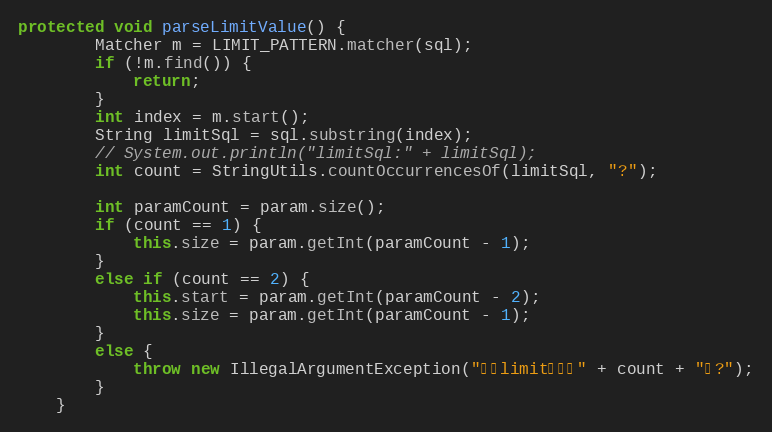
Language: Java
protected void parseLimitValue() {
		Matcher m = LIMIT_PATTERN.matcher(sql);
		if (!m.find()) {
			return;
		}
		int index = m.start();
		String limitSql = sql.substring(index);
		// System.out.println("limitSql:" + limitSql);
		int count = StringUtils.countOccurrencesOf(limitSql, "?");

		int paramCount = param.size();
		if (count == 1) {
			this.size = param.getInt(paramCount - 1);
		}
		else if (count == 2) {
			this.start = param.getInt(paramCount - 2);
			this.size = param.getInt(paramCount - 1);
		}
		else {
			throw new IllegalArgumentException("怎么limit参数是" + count + "个?");
		}
	}